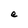
Character: e